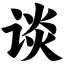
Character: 谈